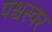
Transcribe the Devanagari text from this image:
पश्चस्वर